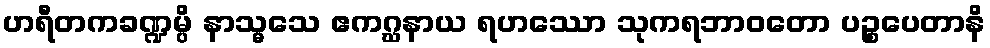
ဟရီတကခဏ္ဍမ္ပိ နာသ္မသေ ဧကဂ္ဃနာယ ရဟဿော သုကရဘာဝတော ပဉ္စပေတာနိ